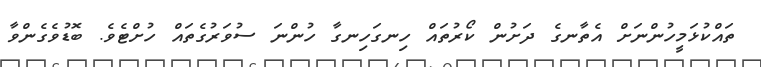
ތައްކުޅަމީހުންނަށް އެތާނގެ ދަށުން ކޯރުތައް ހިނގަހިނގާ ހުންނަ ސުވަރުގެތައް ހުށްޓެވެ. ބޮޑުވެގެންވާ